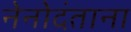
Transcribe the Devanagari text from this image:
नेनोदंताना